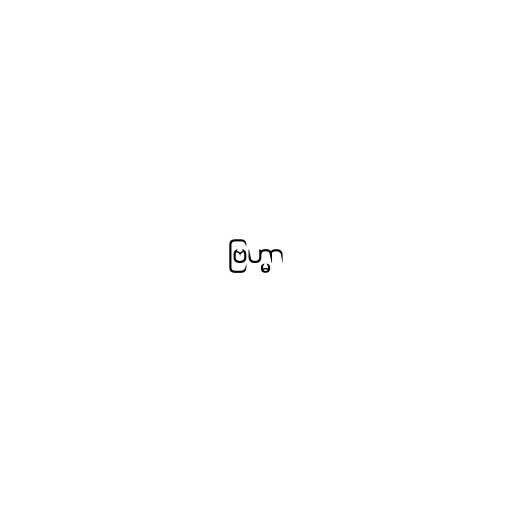
ဗြဟ္မာ